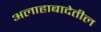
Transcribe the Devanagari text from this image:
अलाहाबादेतील